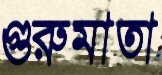
গুরুমাতা